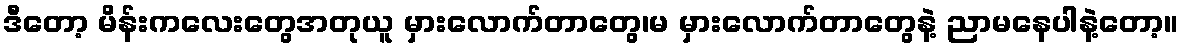
ဒီတော့ မိန်းကလေးတွေအတုယူ မှားလောက်တာတွေ၊မ မှားလောက်တာတွေနဲ့ ညာမနေပါနဲ့တော့။